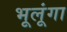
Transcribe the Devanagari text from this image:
भूलूंगा